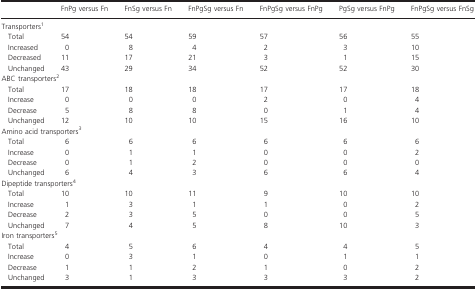
<table><thead><tr><td></td><td><b>FnPg versus Fn</b></td><td><b>FnSg versus Fn</b></td><td><b>FnPgSg versus Fn</b></td><td><b>FnPgSg versus FnPg</b></td><td><b>PgSg versus FnPg</b></td><td><b>FnPgSg versus FnSg</b></td></tr></thead><tbody><tr><td colspan="7">Transporters</td></tr><tr><td> Total</td><td>54</td><td>54</td><td>59</td><td>57</td><td>56</td><td>55</td></tr><tr><td> Increased</td><td>0</td><td>8</td><td>4</td><td>2</td><td>3</td><td>10</td></tr><tr><td> Decreased</td><td>11</td><td>17</td><td>21</td><td>3</td><td>1</td><td>15</td></tr><tr><td> Unchanged</td><td>43</td><td>29</td><td>34</td><td>52</td><td>52</td><td>30</td></tr><tr><td colspan="7">ABC transporters</td></tr><tr><td> Total</td><td>17</td><td>18</td><td>18</td><td>17</td><td>17</td><td>18</td></tr><tr><td> Increase</td><td>0</td><td>0</td><td>0</td><td>2</td><td>0</td><td>4</td></tr><tr><td> Decrease</td><td>5</td><td>8</td><td>8</td><td>0</td><td>1</td><td>4</td></tr><tr><td> Unchanged</td><td>12</td><td>10</td><td>10</td><td>15</td><td>16</td><td>10</td></tr><tr><td colspan="7">Amino acid transporters</td></tr><tr><td> Total</td><td>6</td><td>6</td><td>6</td><td>6</td><td>6</td><td>6</td></tr><tr><td> Increase</td><td>0</td><td>1</td><td>1</td><td>0</td><td>0</td><td>2</td></tr><tr><td> Decrease</td><td>0</td><td>1</td><td>2</td><td>0</td><td>0</td><td>0</td></tr><tr><td> Unchanged</td><td>6</td><td>4</td><td>3</td><td>6</td><td>6</td><td>4</td></tr><tr><td colspan="7">Dipeptide transporters</td></tr><tr><td> Total</td><td>10</td><td>10</td><td>11</td><td>9</td><td>10</td><td>10</td></tr><tr><td> Increase</td><td>1</td><td>3</td><td>1</td><td>1</td><td>0</td><td>2</td></tr><tr><td> Decrease</td><td>2</td><td>3</td><td>5</td><td>0</td><td>0</td><td>5</td></tr><tr><td> Unchanged</td><td>7</td><td>4</td><td>5</td><td>8</td><td>10</td><td>3</td></tr><tr><td colspan="7">Iron transporters</td></tr><tr><td> Total</td><td>4</td><td>5</td><td>6</td><td>4</td><td>4</td><td>5</td></tr><tr><td> Increase</td><td>0</td><td>3</td><td>1</td><td>0</td><td>1</td><td>1</td></tr><tr><td> Decrease</td><td>1</td><td>1</td><td>2</td><td>1</td><td>0</td><td>2</td></tr><tr><td> Unchanged</td><td>3</td><td>1</td><td>3</td><td>3</td><td>3</td><td>2</td></tr></tbody></table>